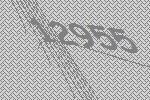
12955